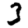
Digit: 3